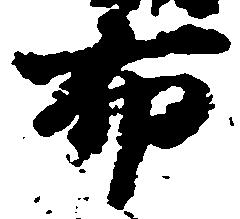
布